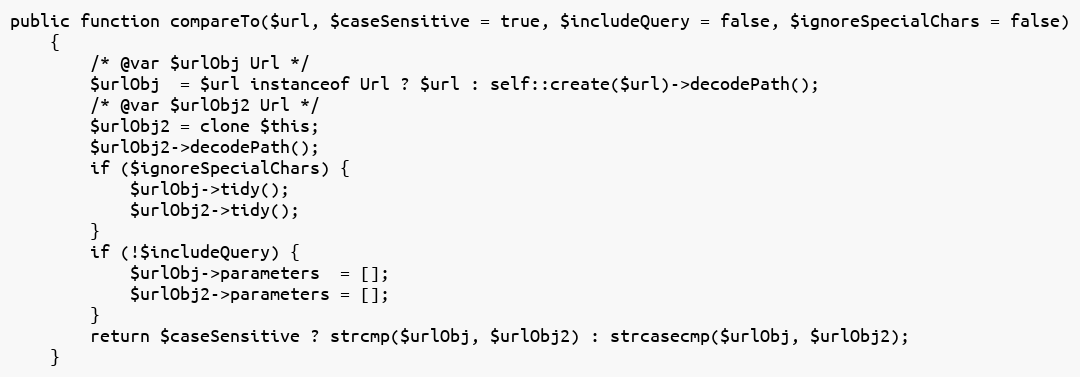
Language: PHP
public function compareTo($url, $caseSensitive = true, $includeQuery = false, $ignoreSpecialChars = false)
    {
        /* @var $urlObj Url */
        $urlObj  = $url instanceof Url ? $url : self::create($url)->decodePath();
        /* @var $urlObj2 Url */
        $urlObj2 = clone $this;
        $urlObj2->decodePath();
        if ($ignoreSpecialChars) {
            $urlObj->tidy();
            $urlObj2->tidy();
        }
        if (!$includeQuery) {
            $urlObj->parameters  = [];
            $urlObj2->parameters = [];
        }
        return $caseSensitive ? strcmp($urlObj, $urlObj2) : strcasecmp($urlObj, $urlObj2);
    }